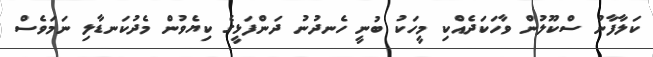
ކަލާފާނު ސްކޫލުން ވާހަކަދެއްކި މީހަކު ބުނީ ހެނދުނު ދަންފަޅީގެ ކިޔެވުން މެދުކަނޑާލި ނަމަވެސް